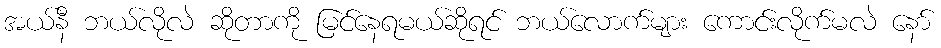
အယ်နီ ဘယ်လိုလဲ ဆိုတာကို မြင်နေရမယ်ဆိုရင် ဘယ်လောက်များ ကောင်းလိုက်မလဲ နော်